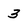
Character: 3